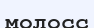
молосс